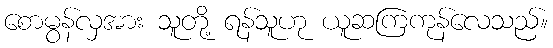
စောမွန်လှအား သူတို့ ရန်သူဟု ယူဆကြကုန်လေသည်။